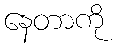
နေတာကို